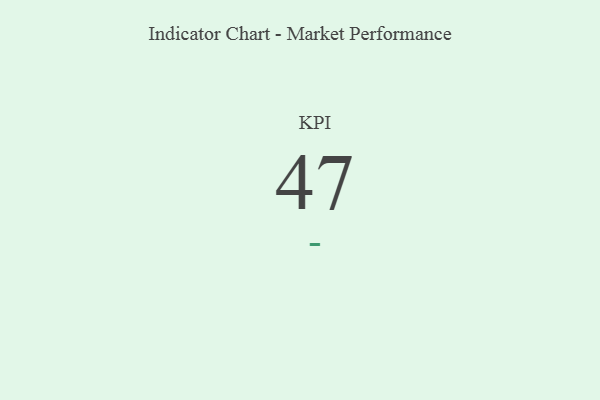
{"axis": {"x": "KPI", "y": "Value"}, "legend": [""], "data": [{"x": "KPI", "y": 47, "type": ""}]}